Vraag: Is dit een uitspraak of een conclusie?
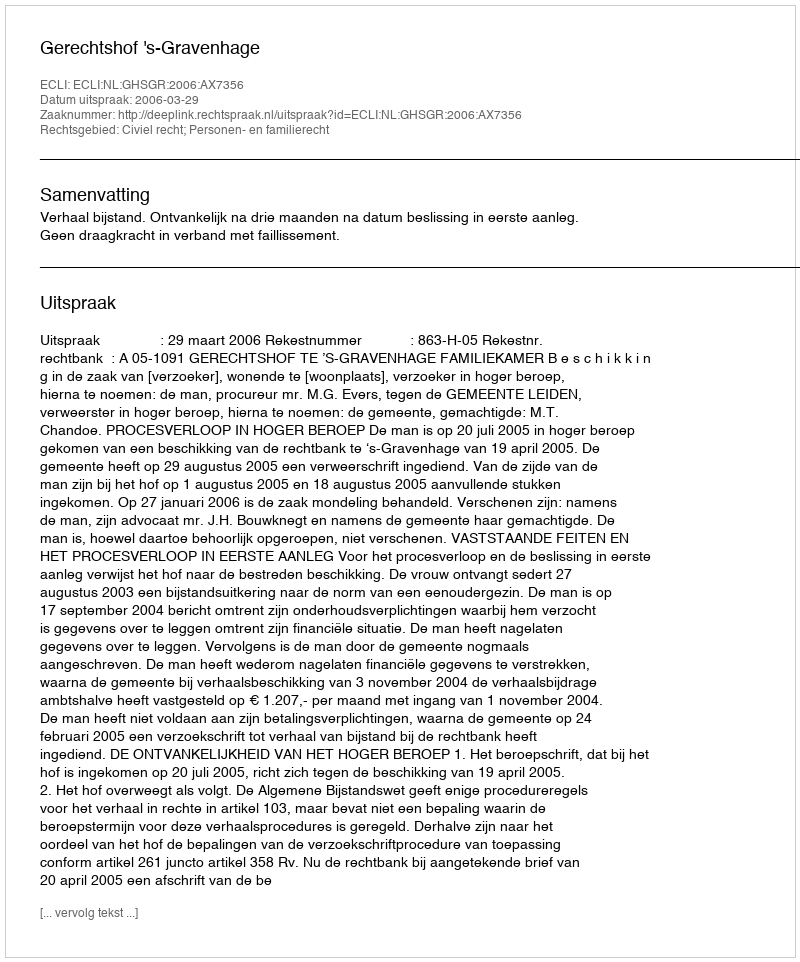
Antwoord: Uitspraak